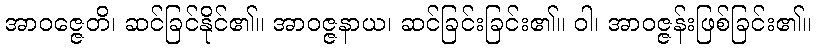
အာဝဇ္ဇေတိ၊ ဆင်ခြင်နိုင်၏။ အာဝဇ္ဇနာယ၊ ဆင်ခြင်းခြင်း၏။ ဝါ၊ အာဝဇ္ဇန်းဖြစ်ခြင်း၏။